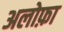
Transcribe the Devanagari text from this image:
अलोफ़ा